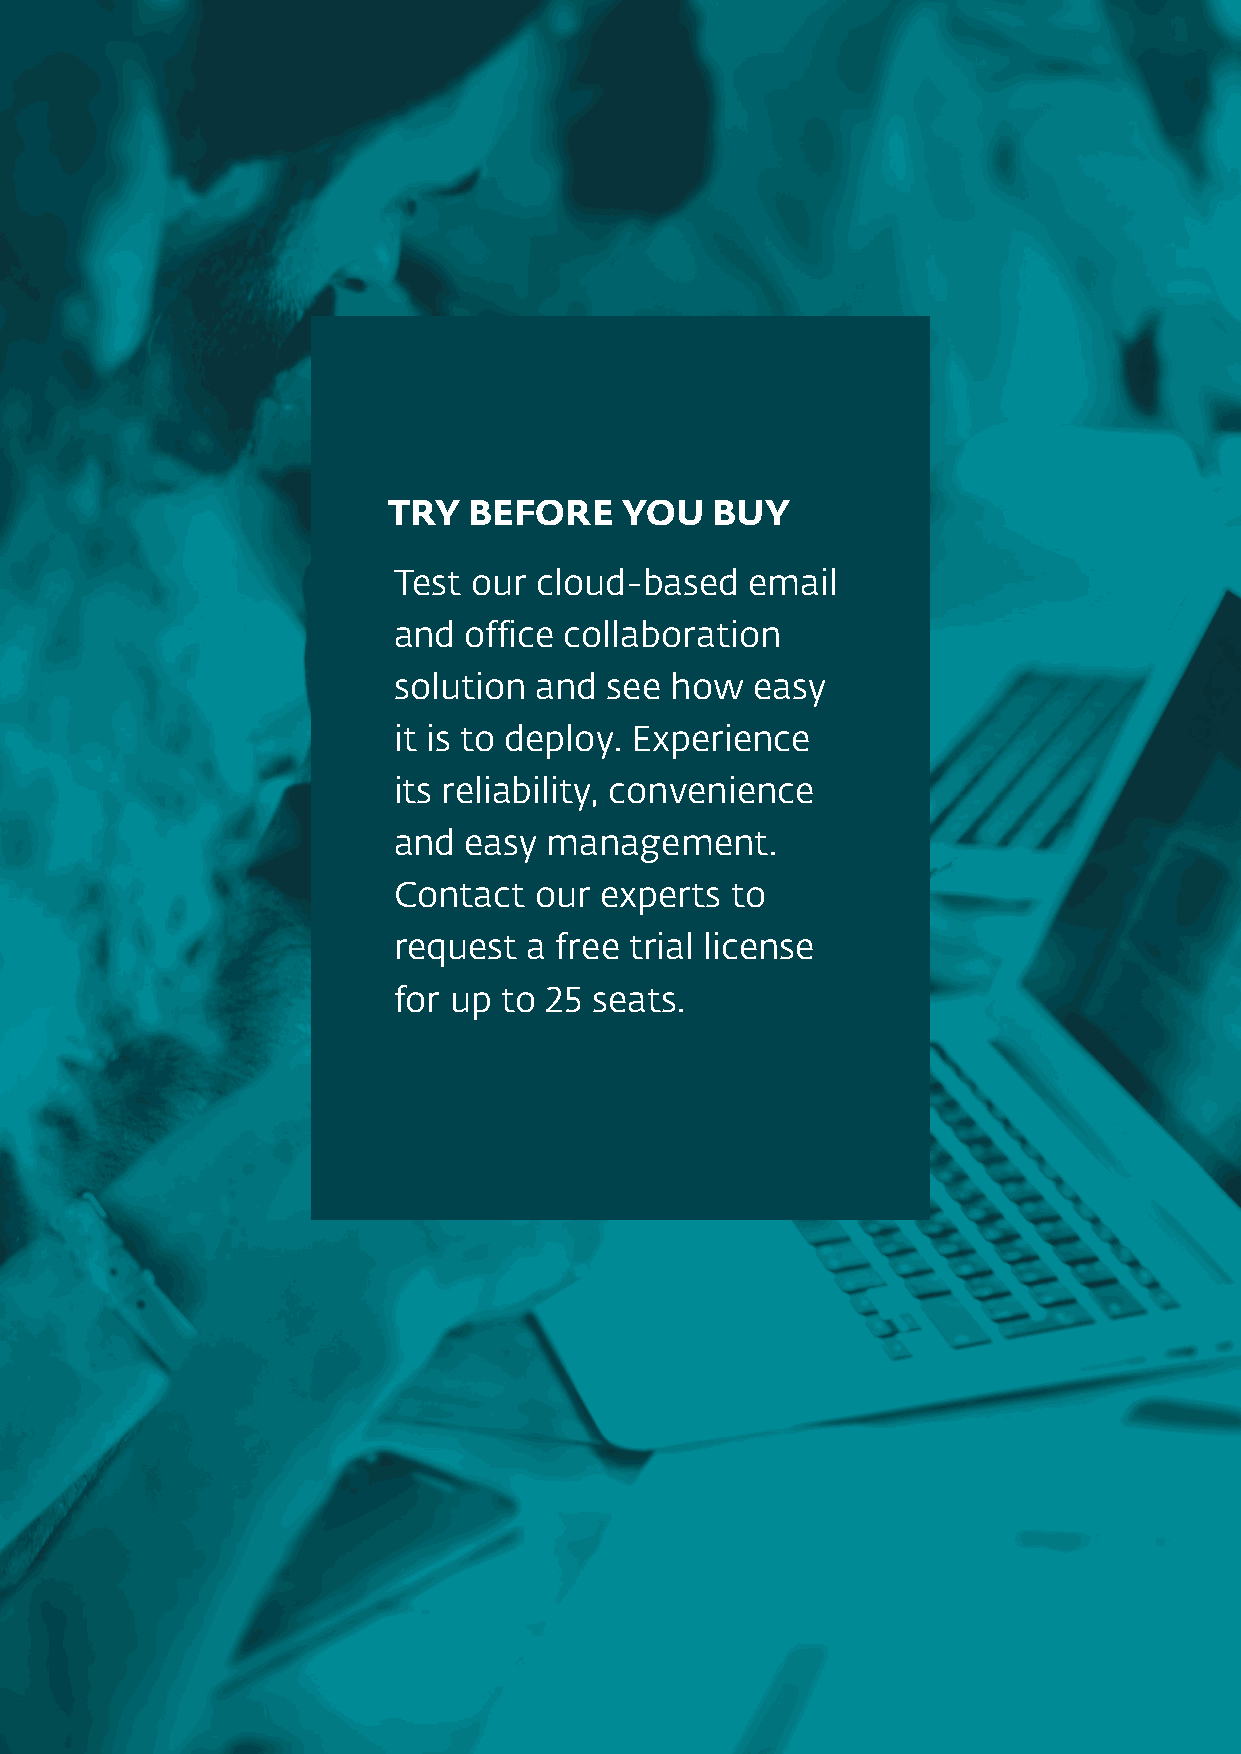
TRY  BEFORE    YOU   BUY
 Test our cloud‑based    email
 and  office collaboration
 solution and  see how   easy
 it is to deploy. Experience
 its reliability, convenience
 and  easy management.
 Contact  our  experts to
 request  a free trial license
 for up to 25 seats.